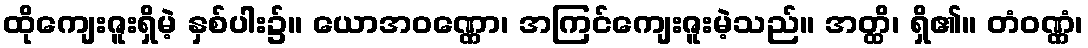
ထိုကျေးဇူးရှိမဲ့ နှစ်ပါး၌။ ယောအဝဏ္ဏော၊ အကြင်ကျေးဇူးမဲ့သည်။ အတ္ထိ၊ ရှိ၏။ တံဝဏ္ဏံ၊